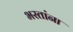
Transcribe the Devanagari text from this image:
भरतांना